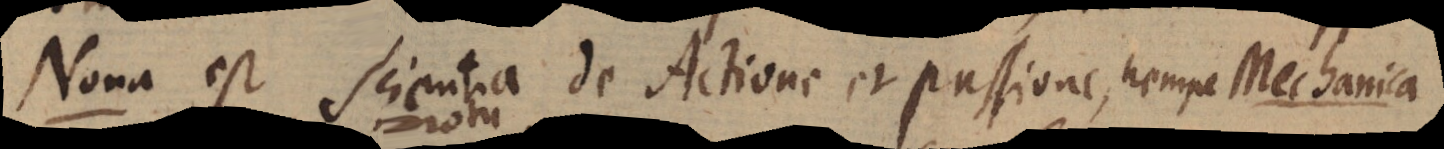
Nona est Scientia de Actione et passione, nempe Mechanica